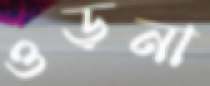
ওড়না